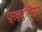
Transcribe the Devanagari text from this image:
प्रक्रुतिस्य